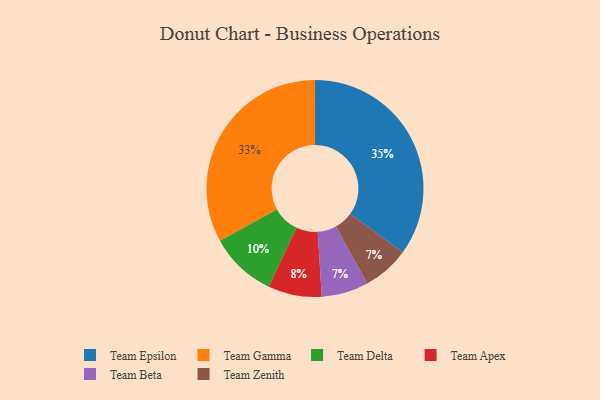
{"axis": {"x": "Category", "y": "Percentage"}, "legend": ["Team Apex", "Team Beta", "Team Delta", "Team Epsilon", "Team Gamma", "Team Zenith"], "data": [{"x": "Team Beta", "y": 7, "type": "Team Beta"}, {"x": "Team Epsilon", "y": 35, "type": "Team Epsilon"}, {"x": "Team Gamma", "y": 33, "type": "Team Gamma"}, {"x": "Team Zenith", "y": 7, "type": "Team Zenith"}, {"x": "Team Delta", "y": 10, "type": "Team Delta"}, {"x": "Team Apex", "y": 8, "type": "Team Apex"}]}